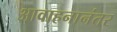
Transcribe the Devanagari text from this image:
आवाहनानंतर